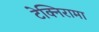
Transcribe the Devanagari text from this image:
टेक्निरामा